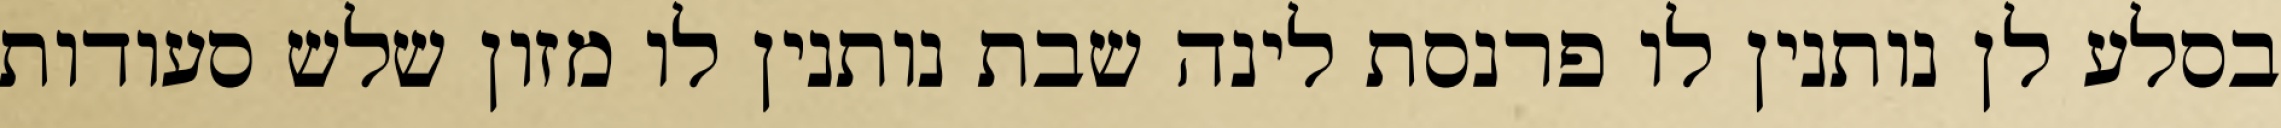
בסלע לן נותנין לו פרנסת לינה שבת נותנין לו מזון שלש סעודות